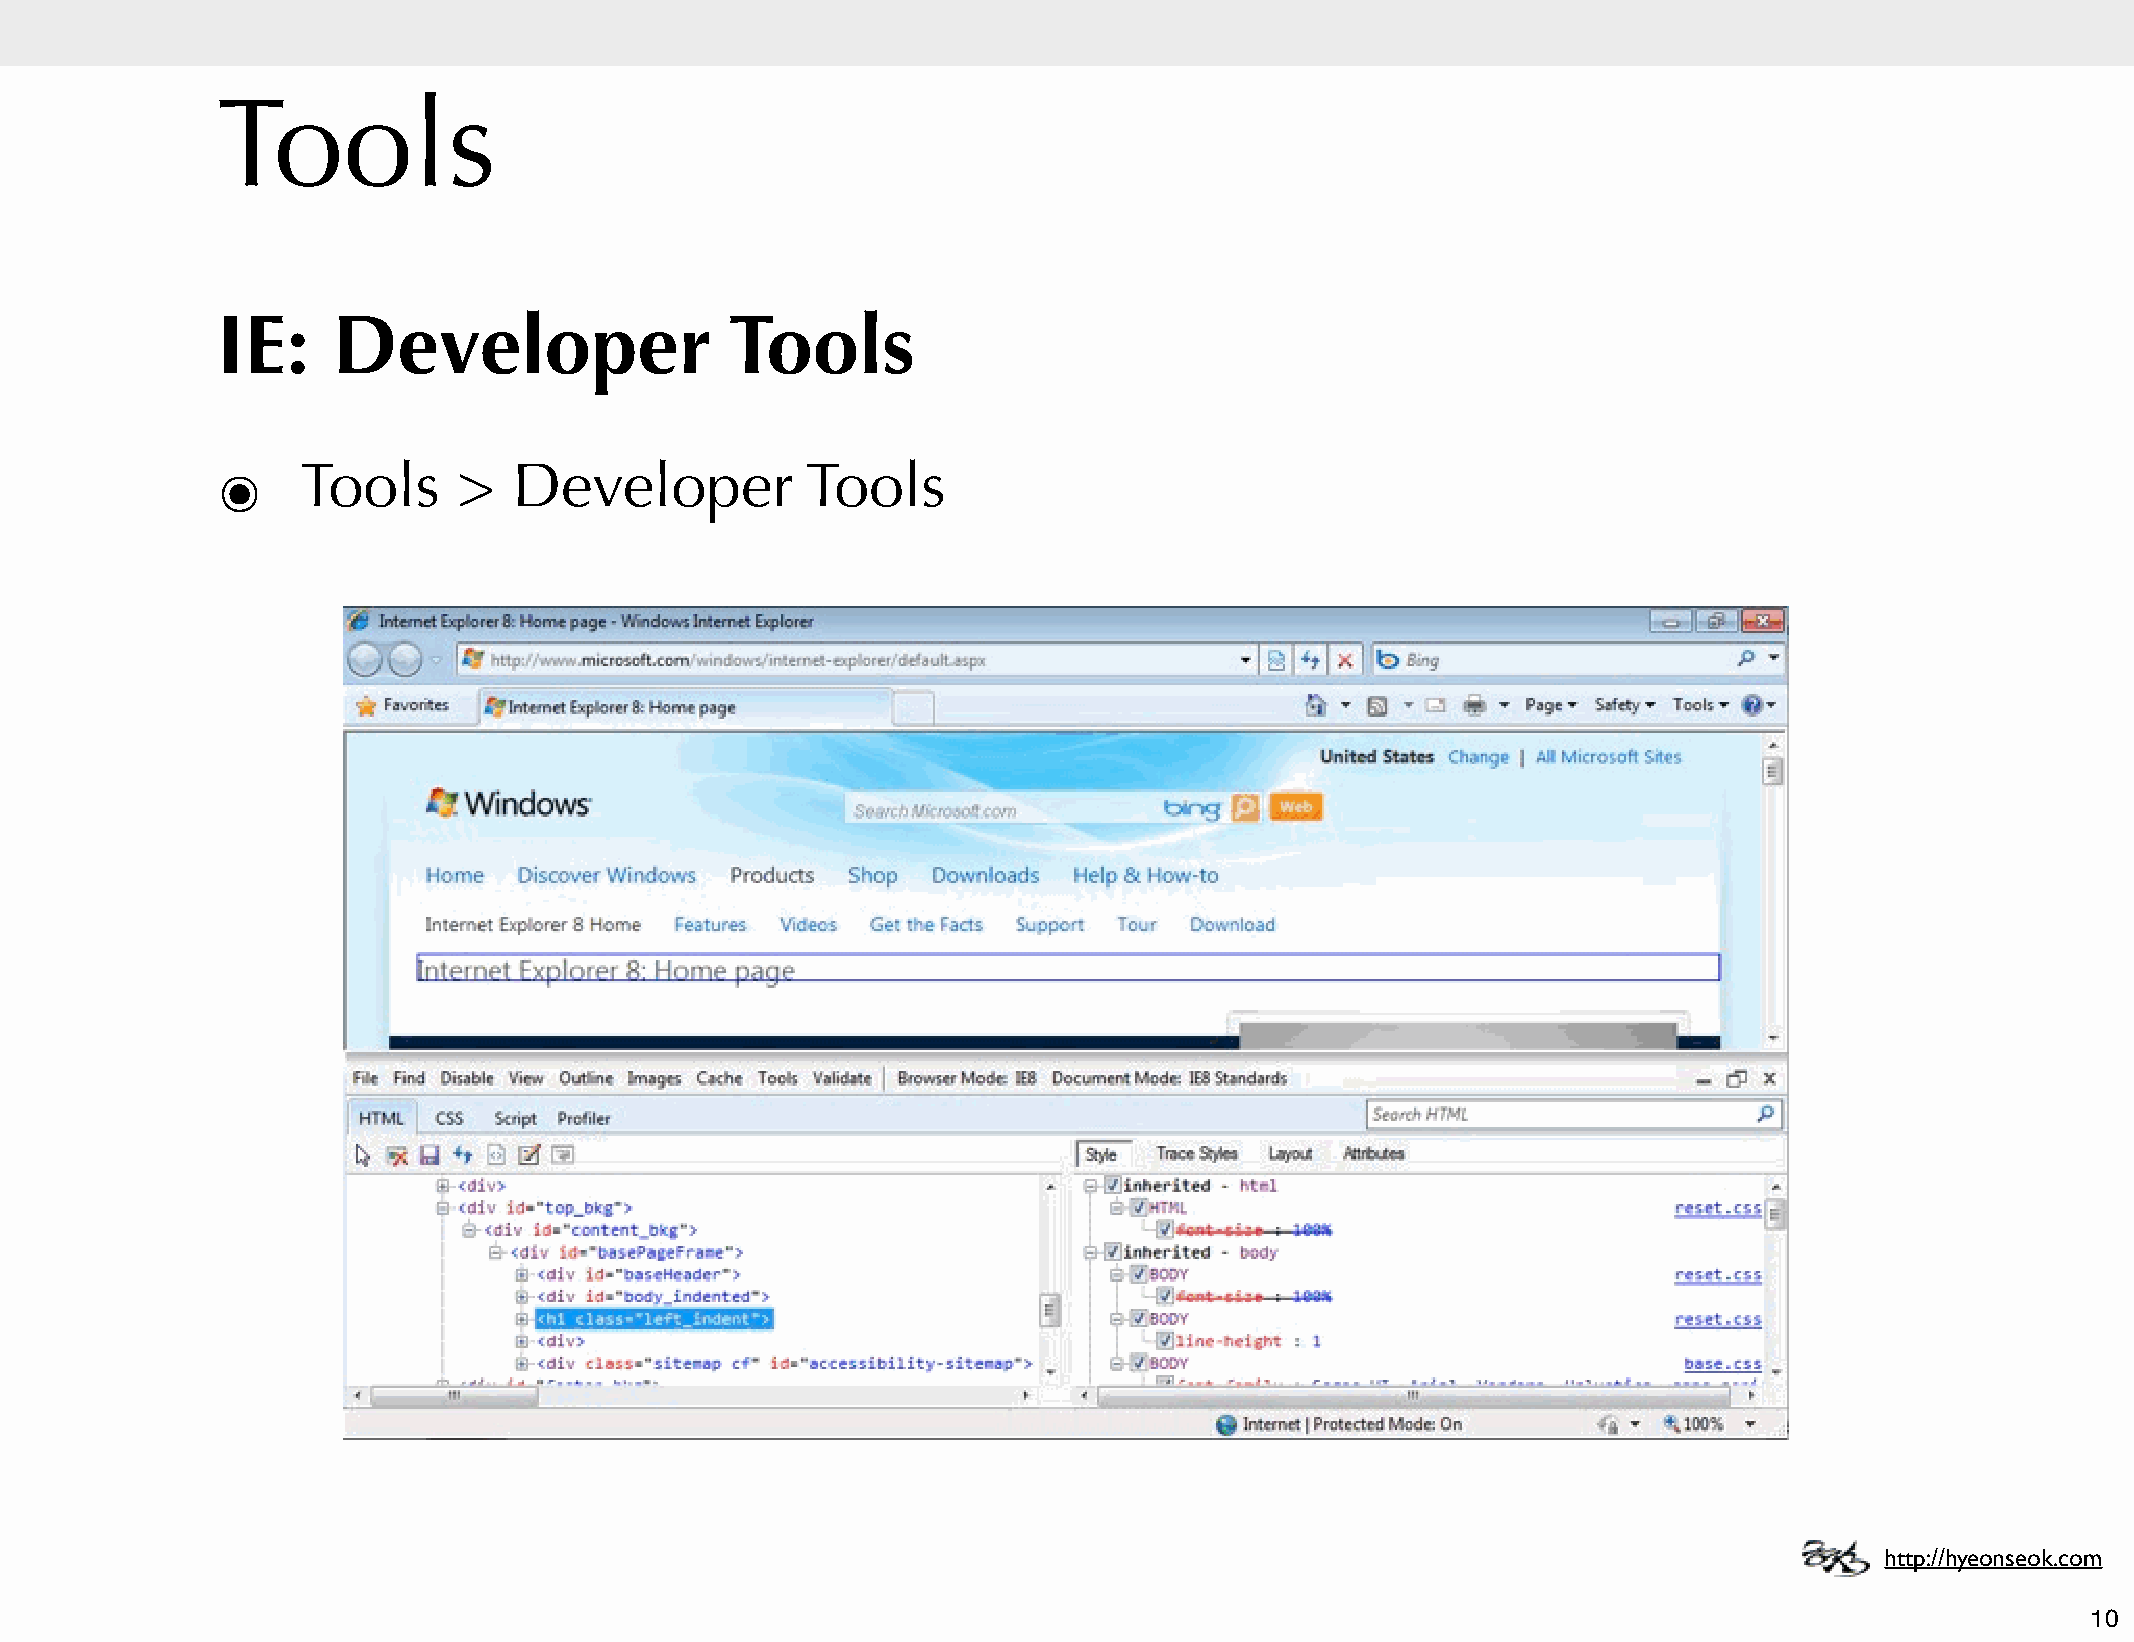
Tools
 IE:     Developer                 Tools
 ๏     Tools     >   Developer          Tools
 http://hyeonseok.com
 10